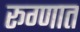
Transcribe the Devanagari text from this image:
रूग्णात